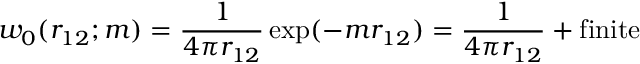
w _ { 0 } ( r _ { 1 2 } ; m ) = \frac { 1 } { 4 \pi r _ { 1 2 } } \exp ( - m r _ { 1 2 } ) = \frac 1 { 4 \pi r _ { 1 2 } } + \mathrm { f i n i t e }